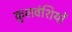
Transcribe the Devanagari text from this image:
कुलवंशियों